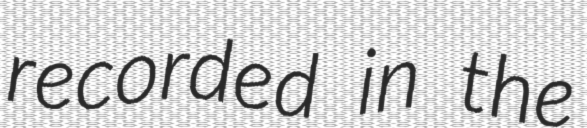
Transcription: recorded in the